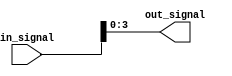
module part_select_assign (
    input [7:0] in_signal,
    output [3:0] out_signal
);

assign out_signal = in_signal[3:0];

endmodule